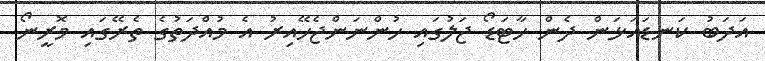
އަދަބު ކަނޑައަޅަން ދެން ހާޓަޑޯ ޖަލުގައި ހުންނަންޖެހޭއިރު އެ މުއްދަތުގެ ތެރޭގައި މޮރީނޯ